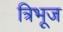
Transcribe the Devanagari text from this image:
त्रिभूज